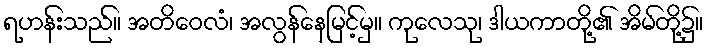
ရဟန်းသည်။ အတိဝေလံ၊ အလွန်နေမြင့်မှ။ ကုလေသု၊ ဒါယကာတို့၏ အိမ်တို့၌။